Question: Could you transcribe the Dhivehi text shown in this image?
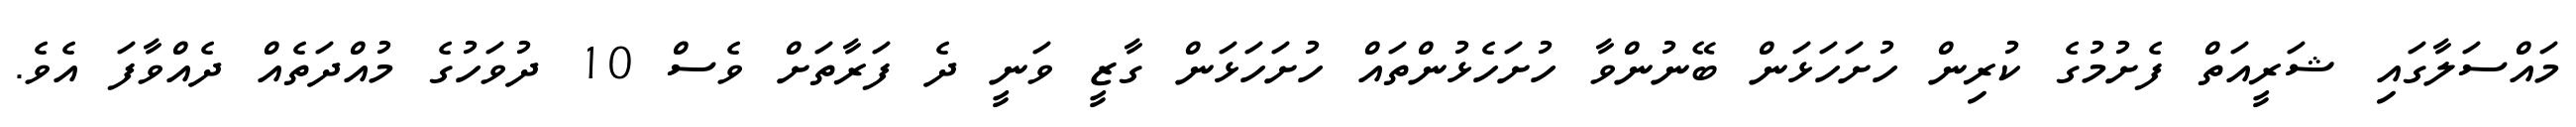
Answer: މައްސަލާގައި ޝަރީއަތް ފެށުމުގެ ކުރިން ހުށަހަޅަން ބޭނުންވާ ހުށަހެޅުންތައް ހުށަހަޅަން ގާޒީ ވަނީ ދެ ފަރާތަށް ވެސް 10 ދުވަހުގެ މުއްދަތެއް ދެއްވާފަ އެވެ.